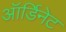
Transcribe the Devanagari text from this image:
ऑर्डिनेट